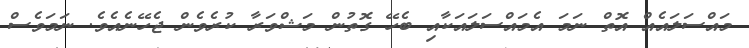
މައްސަލައެއް އޮތް ނަމަ އެމައްސަލައަކާއި ބެހޭ ގޮތުން މަޝްވަރާ ކުރެވެން ޖެހޭނެއެވެ. ނަމަވެސް